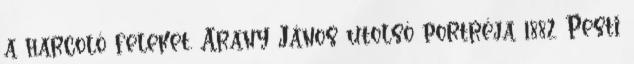
a harcoló feleket. Arany János utolsó portréja 1882 Pesti